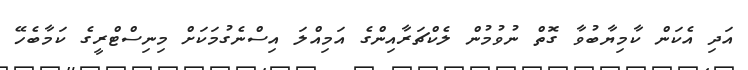
އަދި އެކަން ކާމިޔާބުވާ ގޮތް ނުވުމުން ލެކްޗަރާއިންގެ އަމިއްލަ އިސްނެގުމަކަށް މިނިސްޓްރީގެ ކަމާބެހޭ